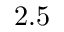
2 . 5